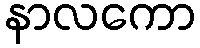
နာလကော